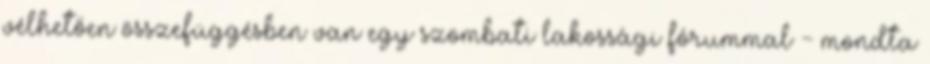
vélhetően összefüggésben van egy szombati lakossági fórummal - mondta